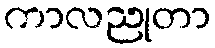
ကာလညုတာ